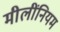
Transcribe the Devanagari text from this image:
मीलींनियम